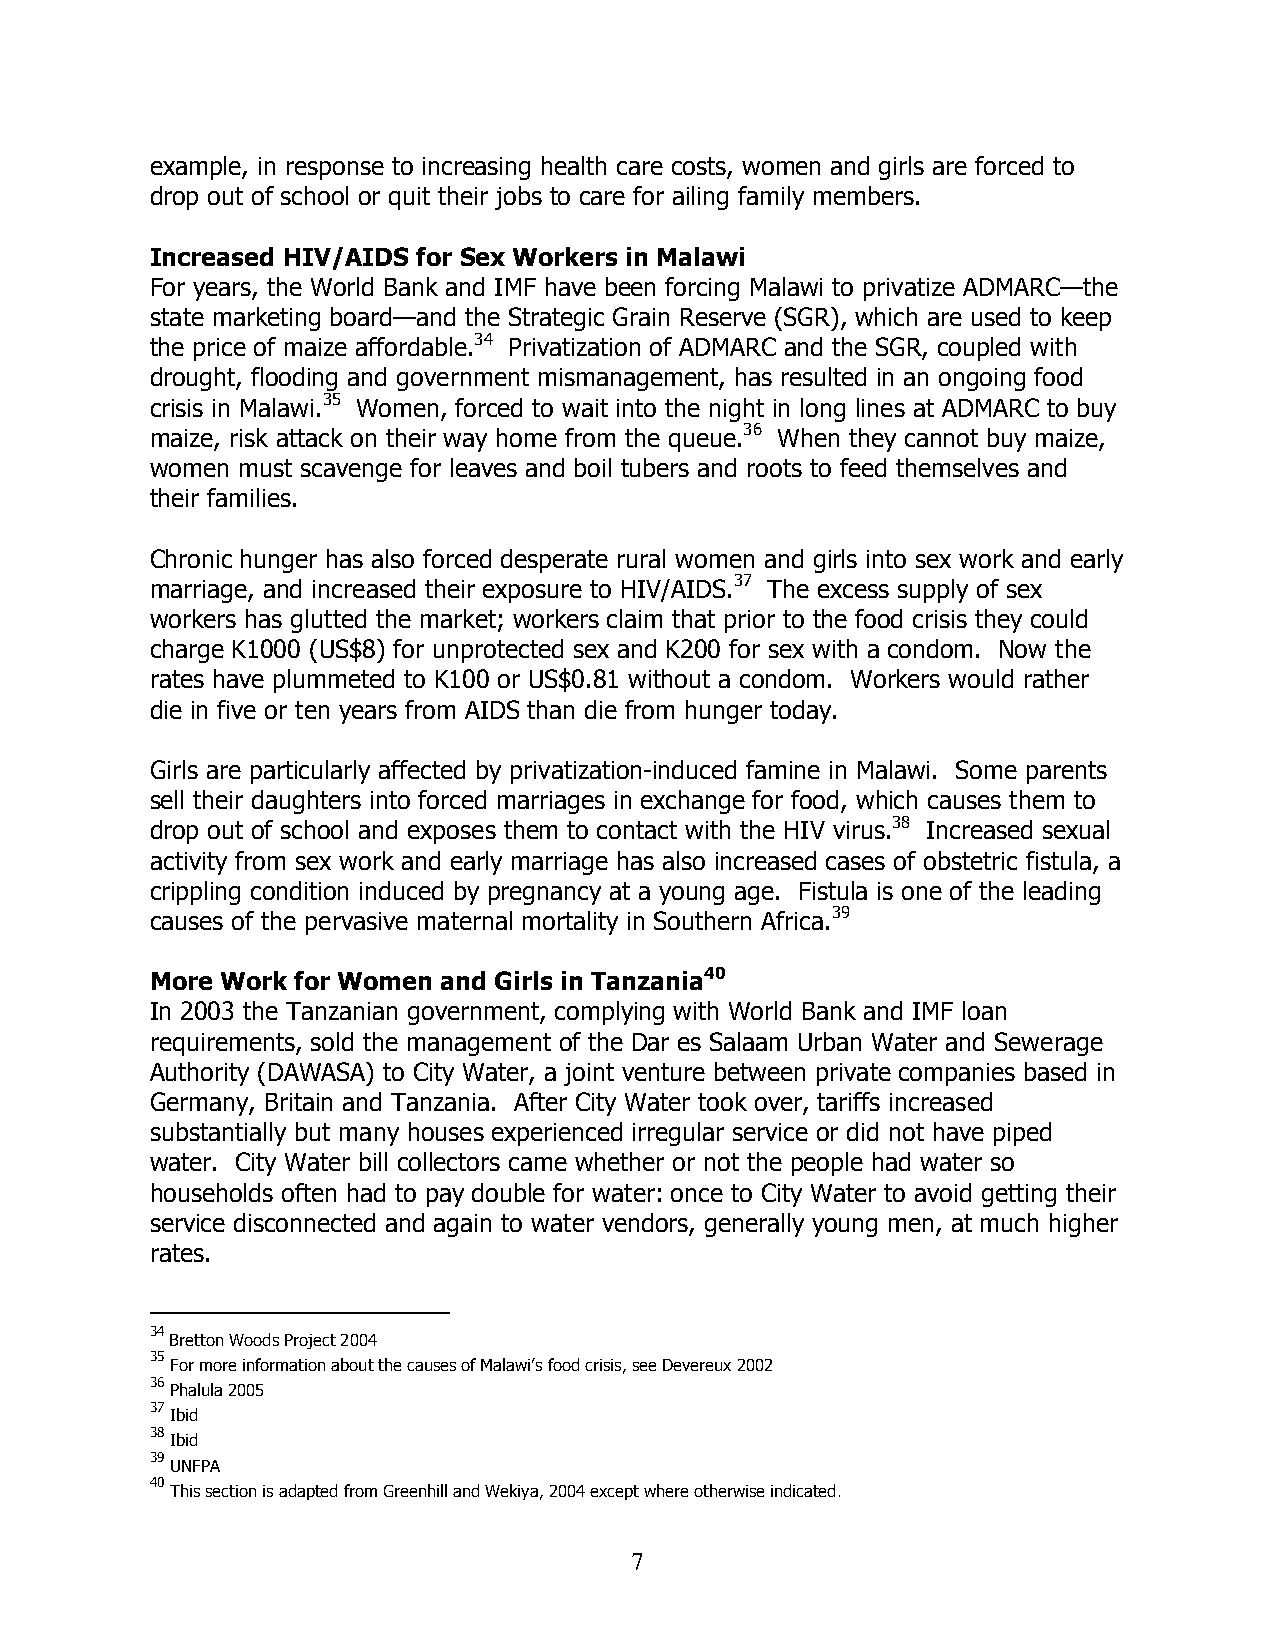
example, in response to increasing health care costs, women and girls are forced to
 drop out of school or quit their jobs to care for ailing family members.
 Increased HIV/AIDS for Sex Workers in Malawi
 For years, the World Bank and IMF have been forcing Malawi to privatize ADMARC—the
 state marketing board—and the Strategic Grain Reserve (SGR), which are used to keep
 the price of maize affordable.34 Privatization of ADMARC and the SGR, coupled with
 drought, flooding and government mismanagement, has resulted in an ongoing food
 crisis in Malawi.35 Women, forced to wait into the night in long lines at ADMARC to buy
 maize, risk attack on their way home from the queue.36 When they cannot buy maize,
 women must scavenge for leaves and boil tubers and roots to feed themselves and
 their families.
 Chronic hunger has also forced desperate rural women and girls into sex work and early
 marriage, and increased their exposure to HIV/AIDS.37 The excess supply of sex
 workers has glutted the market; workers claim that prior to the food crisis they could
 charge K1000 (US$8) for unprotected sex and K200 for sex with a condom. Now the
 rates have plummeted to K100 or US$0.81 without a condom. Workers would rather
 die in five or ten years from AIDS than die from hunger today.
 Girls are particularly affected by privatization-induced famine in Malawi. Some parents
 sell their daughters into forced marriages in exchange for food, which causes them to
 drop out of school and exposes them to contact with the HIV virus.38 Increased sexual
 activity from sex work and early marriage has also increased cases of obstetric fistula, a
 crippling condition induced by pregnancy at a young age. Fistula is one of the leading
 causes of the pervasive maternal mortality in Southern Africa.39
 More Work for Women and Girls in Tanzania40
 In 2003 the Tanzanian government, complying with World Bank and IMF loan
 requirements, sold the management of the Dar es Salaam Urban Water and Sewerage
 Authority (DAWASA) to City Water, a joint venture between private companies based in
 Germany, Britain and Tanzania. After City Water took over, tariffs increased
 substantially but many houses experienced irregular service or did not have piped
 water. City Water bill collectors came whether or not the people had water so
 households often had to pay double for water: once to City Water to avoid getting their
 service disconnected and again to water vendors, generally young men, at much higher
 rates.
 34
 Bretton Woods Project 2004
 35
 For more information about the causes of Malawi’s food crisis, see Devereux 2002
 36
 Phalula 2005
 37
 Ibid
 38
 Ibid
 39
 UNFPA
 40
 This section is adapted from Greenhill and Wekiya, 2004 except where otherwise indicated.
 7